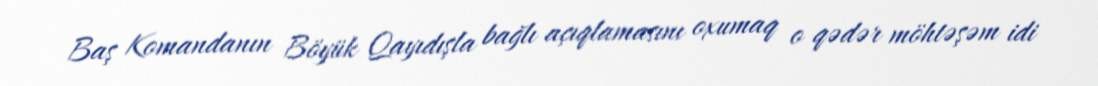
Baş Komandanın Böyük Qayıdışla bağlı açıqlamasını oxumaq o qədər möhtəşəm idi